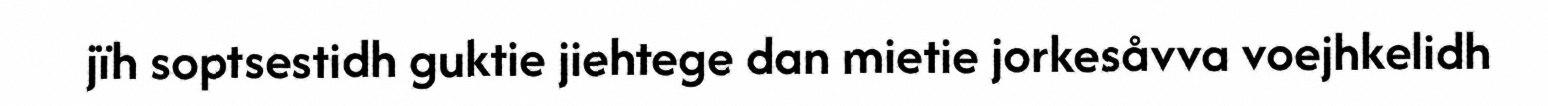
jïh soptsestidh guktie jiehtege dan mietie jorkesåvva voejhkelidh